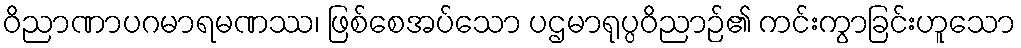
ဝိညာဏာပဂမာရမဏဿ၊ ဖြစ်စေအပ်သော ပဌမာရုပ္ပဝိညာဉ်၏ ကင်းကွာခြင်းဟူသော